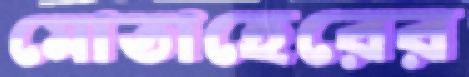
মোতাহেরের